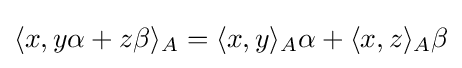
\langle x,y\alpha +z\beta \rangle _{A}=\langle x,y\rangle _{A}\alpha +\langle x,z\rangle _{A}\beta